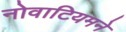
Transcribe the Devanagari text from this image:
नोवाटियमने